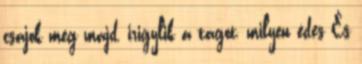
csajok meg majd, irigylik a tagot, milyen édes És